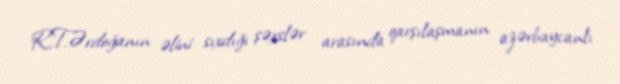
R.T.Ərdoğanın əlini sıxdığı şəxslər arasında qarşılaşmanın azərbaycanlı